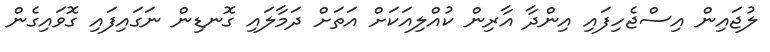
ލުޖައިން އިސްޖެހިފައި އިންދާ އާރިން ކުއްލިއަކަށް އަތަށް ދަމާލައި ގޮނޑިން ނަގައިފައި ގޮވައިގެން